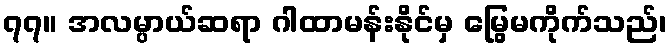
၇၇။ အလမ္ပာယ်ဆရာ ဂါထာမန်းနိုင်မှ မြွေမကိုက်သည်၊